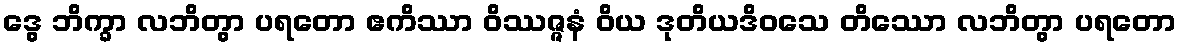
ဒွေ ဘိက္ခာ လဘိတွာ ပရတော ဧကိဿာ ဝိဿဇ္ဇနံ ဝိယ ဒုတိယဒိဝသေ တိဿော လဘိတွာ ပရတော